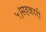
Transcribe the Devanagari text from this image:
५।सहकारी